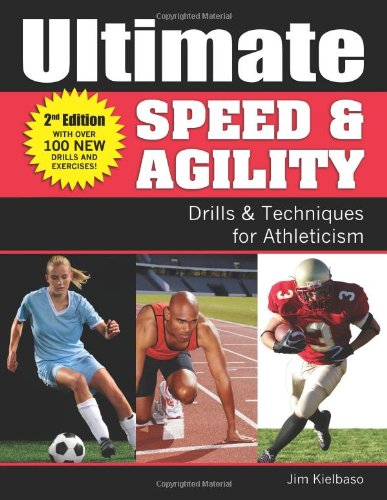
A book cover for Ultimate Speed & Agility: Drills & Techniques for Athleticism; Jim Kielbaso; Sports & Outdoors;